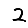
Digit: 2